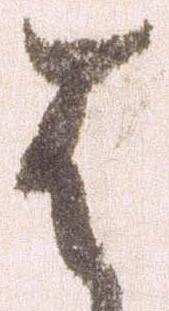
は